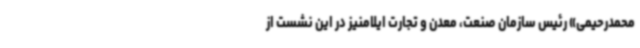
محمدرحیمی» رئیس سازمان صنعت، معدن و تجارت ایلامنیز در این نشست از